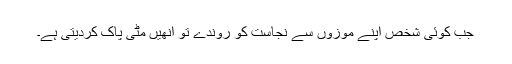
جب کوئی شخص اپنے موزوں سے نجاست کو روندے تو انھیں مٹی پاک کردیتی ہے۔